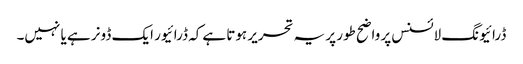
ڈرائیونگ لائسنس پر واضح طور پر یہ تحریر ہوتا ہےکہ ڈرائیور ایک ڈونر ہے یا نہیں۔